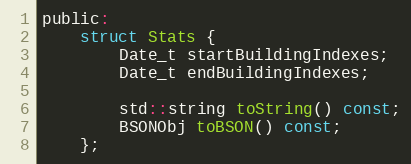
Language: C
public:
    struct Stats {
        Date_t startBuildingIndexes;
        Date_t endBuildingIndexes;

        std::string toString() const;
        BSONObj toBSON() const;
    };